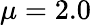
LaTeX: \mu=2.0